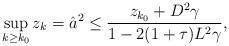
LaTeX: \begin{align*}\sup_{k\ge k_0}z_k=\hat a^2\le\frac{z_{k_0}+D^2\gamma}{1-2(1+\tau)L^2\gamma},\end{align*}